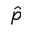
\hat { p }